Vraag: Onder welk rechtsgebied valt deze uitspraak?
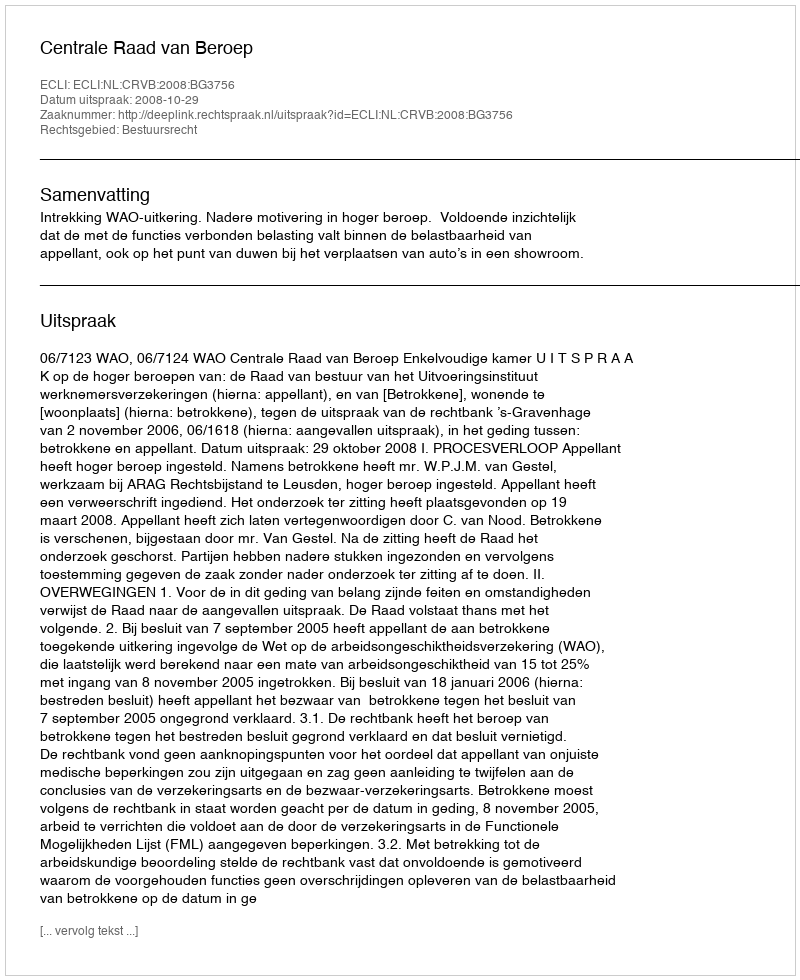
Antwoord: Bestuursrecht